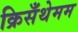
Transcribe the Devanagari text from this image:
क्रिसँथेमम